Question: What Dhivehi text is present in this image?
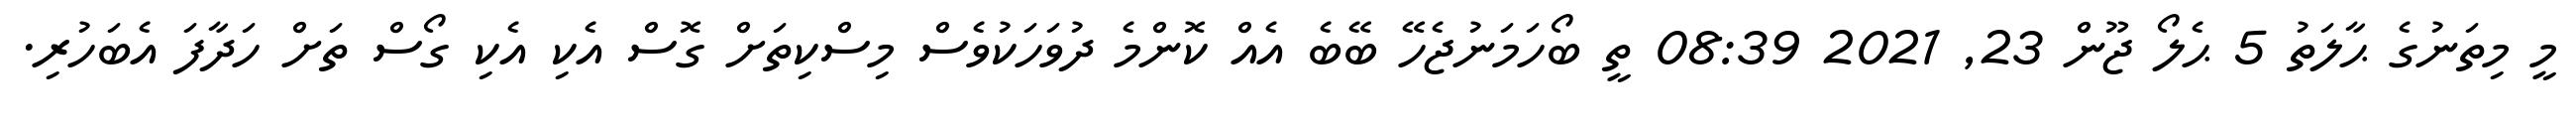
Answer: މީ މިތަނުގެ ޙާލަތު 5 ޙެލޯ ޖޫން 23, 2021 08:39 ތީ ބޯހަމަނުޖެހޭ ބޭބެ އެއް ކޮންމެ ދުވަހަކުވެސް މިސްކިތަށް ގޮސް އެކި އެކި ގޯސް ތަށް ހަދާފަ އެބަހުރި.